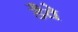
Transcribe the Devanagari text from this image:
डैवे